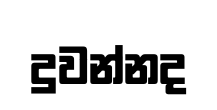
දුවන්නද